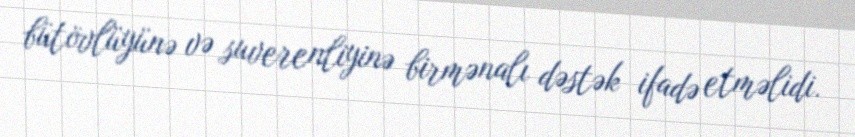
bütövlüyünə və suverenliyinə birmənalı dəstək ifadə etməlidi.